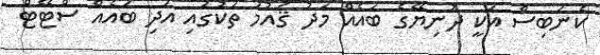
ކެނަބިސް އަކީ ދުނިޔޭގެ ބައެއް މަދު ޤައުމު ތަކުގައި އަދި ބައެއް ސްޓޭޓް